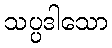
သပ္ပဒါသော